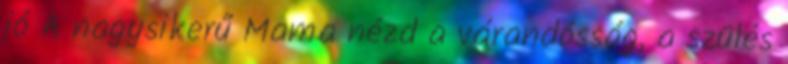
jó A nagysikerű Mama nézd a várandósság, a szülés